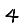
Digit: 4